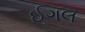
ઈગલ